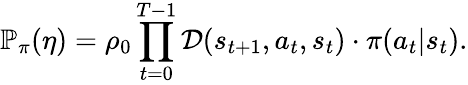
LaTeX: \mathbb P_{\pi}(\eta)=\rho_{0}\prod_{t=0}^{T-1}\mathcal D(s_{t+1},a_{t},s_{t})\cdot\pi(a_{t}\vert s_{t}).